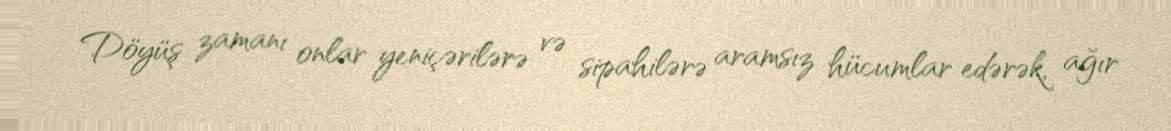
Döyüş zamanı onlar yeniçərilərə və sipahilərə aramsız hücumlar edərək, ağır